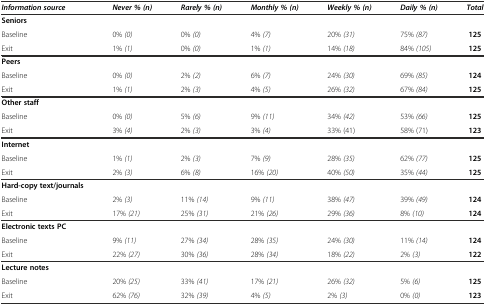
<table><thead><tr><td><b><i>Information source</i></b></td><td><b><i>Never % (n)</i></b></td><td><b><i>Rarely % (n)</i></b></td><td><b><i>Monthly % (n)</i></b></td><td><b><i>Weekly % (n)</i></b></td><td><b><i>Daily % (n)</i></b></td><td><b><i>Total</i></b></td></tr></thead><tbody><tr><td><b>Seniors</b></td><td></td><td></td><td></td><td></td><td></td><td></td></tr><tr><td>Baseline</td><td>0% <i>(0)</i></td><td>0% <i>(0)</i></td><td>4% <i>(7)</i></td><td>20% <i>(31)</i></td><td>75% <i>(87)</i></td><td><b>125</b></td></tr><tr><td>Exit</td><td>1% <i>(1)</i></td><td>0% <i>(0)</i></td><td>1% <i>(1)</i></td><td>14% <i>(18)</i></td><td>84% <i>(105)</i></td><td><b>125</b></td></tr><tr><td><b>Peers</b></td><td></td><td></td><td></td><td></td><td></td><td></td></tr><tr><td>Baseline</td><td>0% <i>(0)</i></td><td>2% <i>(2)</i></td><td>6% <i>(7)</i></td><td>24% <i>(30)</i></td><td>69% <i>(85)</i></td><td><b>124</b></td></tr><tr><td>Exit</td><td>1% <i>(1)</i></td><td>2% <i>(3)</i></td><td>4% <i>(5)</i></td><td>26% <i>(32)</i></td><td>67% <i>(84)</i></td><td><b>125</b></td></tr><tr><td><b>Other staff</b></td><td></td><td></td><td></td><td></td><td></td><td></td></tr><tr><td>Baseline</td><td>0% <i>(0)</i></td><td>5% <i>(6)</i></td><td>9% <i>(11)</i></td><td>34% <i>(42)</i></td><td>53% <i>(66)</i></td><td><b>125</b></td></tr><tr><td>Exit</td><td>3% <i>(4)</i></td><td>2% <i>(3)</i></td><td>3% <i>(4)</i></td><td>33% (41)</td><td>58% (71)</td><td><b>123</b></td></tr><tr><td><b>Internet</b></td><td></td><td></td><td></td><td></td><td></td><td></td></tr><tr><td>Baseline</td><td>1% <i>(1)</i></td><td>2% <i>(3)</i></td><td>7% <i>(9)</i></td><td>28% <i>(35)</i></td><td>62% <i>(77)</i></td><td><b>125</b></td></tr><tr><td>Exit</td><td>2% <i>(3)</i></td><td>6% <i>(8)</i></td><td>16% <i>(20)</i></td><td>40% <i>(50)</i></td><td>35% <i>(44)</i></td><td><b>125</b></td></tr><tr><td><b>Hard-copy text/journals</b></td><td></td><td></td><td></td><td></td><td></td><td></td></tr><tr><td>Baseline</td><td>2% <i>(3)</i></td><td>11% <i>(14)</i></td><td>9% <i>(11)</i></td><td>38% <i>(47)</i></td><td>39% <i>(49)</i></td><td><b>124</b></td></tr><tr><td>Exit</td><td>17% <i>(21)</i></td><td>25% <i>(31)</i></td><td>21% <i>(26)</i></td><td>29% <i>(36)</i></td><td>8% <i>(10)</i></td><td><b>124</b></td></tr><tr><td><b>Electronic texts PC</b></td><td></td><td></td><td></td><td></td><td></td><td></td></tr><tr><td>Baseline</td><td>9% <i>(11)</i></td><td>27% <i>(34)</i></td><td>28% <i>(35)</i></td><td>24% <i>(30)</i></td><td>11% <i>(14)</i></td><td><b>124</b></td></tr><tr><td>Exit</td><td>22% <i>(27)</i></td><td>30% <i>(36)</i></td><td>28% <i>(34)</i></td><td>18% <i>(22)</i></td><td>2% <i>(3)</i></td><td><b>122</b></td></tr><tr><td><b>Lecture notes</b></td><td></td><td></td><td></td><td></td><td></td><td></td></tr><tr><td>Baseline</td><td>20% <i>(25)</i></td><td>33% <i>(41)</i></td><td>17% <i>(21)</i></td><td>26% <i>(32)</i></td><td>5% <i>(6)</i></td><td><b>125</b></td></tr><tr><td>Exit</td><td>62% <i>(76)</i></td><td>32% <i>(39)</i></td><td>4% <i>(5)</i></td><td>2% <i>(3)</i></td><td>0% <i>(0)</i></td><td><b>123</b></td></tr></tbody></table>